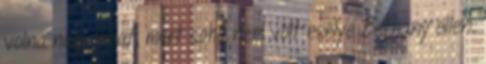
volna nagyobbat, mert soha nem volt esélye Bethany ellen.